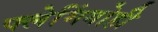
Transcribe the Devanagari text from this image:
फ्लेमिंगोही